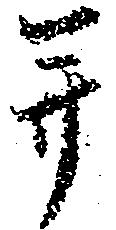
并